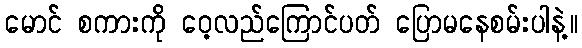
မောင် စကားကို ဝေ့လည်ကြောင်ပတ် ပြောမနေစမ်းပါနဲ့။